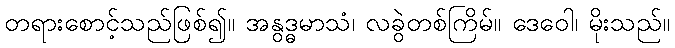
တရားစောင့်သည်ဖြစ်၍။ အနွဒ္ဓမာသံ၊ လခွဲတစ်ကြိမ်။ ဒေဝေါ၊ မိုးသည်။